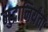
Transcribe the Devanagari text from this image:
मुद्रानिर्यंता